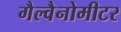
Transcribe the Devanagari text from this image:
गैल्वैनोमीटर